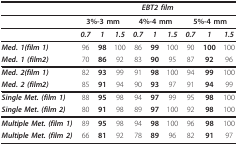
|  | <COLSPAN=9> EBT2 film |
 | --- | --- | --- | --- | --- | --- | --- | --- | --- | --- |
 |  | <COLSPAN=3> 3%-3 mm | <COLSPAN=3> 4%-4 mm | <COLSPAN=3> 5%-4 mm |
 |  | 0.7 | 1 | 1.5 | 0.7 | 1 | 1.5 | 0.7 | 1 | 1.5 |
 | Med. 1(film 1) | 96 | 98 | 100 | 86 | 99 | 100 | 90 | 100 | 100 |
 | Med. 1 (film2) | 70 | 86 | 92 | 83 | 90 | 95 | 87 | 92 | 96 |
 | Med. 2(film 1) | 82 | 93 | 99 | 91 | 98 | 100 | 94 | 99 | 100 |
 | Med. 2 (film2) | 85 | 91 | 94 | 90 | 93 | 97 | 91 | 94 | 99 |
 | Single Met. (film 1) | 88 | 95 | 98 | 94 | 97 | 99 | 95 | 98 | 100 |
 | Single Met. (film 2) | 80 | 91 | 98 | 89 | 97 | 100 | 92 | 98 | 100 |
 | Multiple Met. (film 1) | 89 | 95 | 98 | 94 | 98 | 100 | 96 | 98 | 100 |
 | Multiple Met. (film 2) | 66 | 81 | 92 | 78 | 89 | 96 | 82 | 91 | 97 |